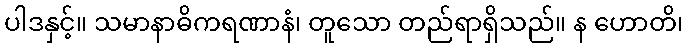
ပါဒနှင့်။ သမာနာဓိကရဏာနံ၊ တူသော တည်ရာရှိသည်။ န ဟောတိ၊